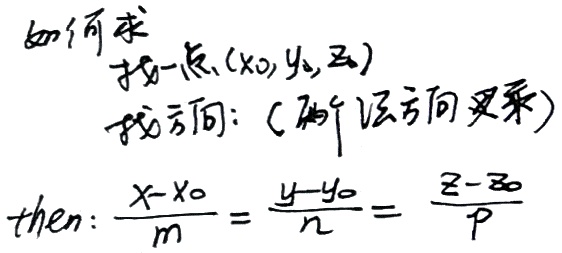
如何求找一点$(x_0,y_0,z_0)$找方向：（两平面法向量叉乘）
then:
$$\frac{x - x_0}{m}=\frac{y - y_0}{n}=\frac{z - z_0}{p}$$